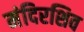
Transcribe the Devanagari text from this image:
मंदिरशिव